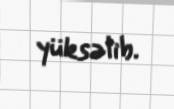
yüksəlib.